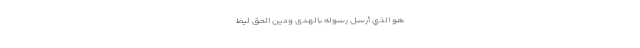
هُوَ الَّذِي أَرْسَلَ رَسُولَهُ بِالْهُدَى وَدِينِ الْحَقِّ لِيُظ